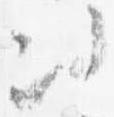
次